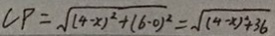
C P = \sqrt { ( 4 - x ) ^ { 2 } + ( 6 - 0 ) ^ { 2 } } = \sqrt { ( 4 - x ) ^ { 2 } + 3 6 }